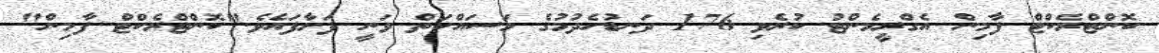
ކޮންޓްރެކްޓް ފާމިން އެގްރީމެންޓު ކުރެވި 176 ދަނޑުހެދުމުގެ މަސައްކަތް ވަނީ ފަށާފައެވެ."ކޮންޓްރެކްޓް ފާމިން"